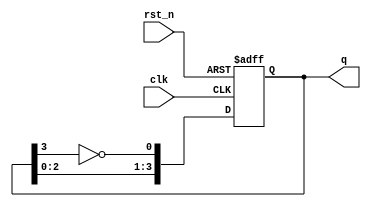
module johnson_counter (
    input wire clk,          // Clock input
    input wire rst_n,       // Asynchronous reset (active low)
    output reg [3:0] q      // 4-bit output for the counter
);

// Always block triggered on clock or reset
always @(posedge clk or negedge rst_n) begin
    if (!rst_n) begin
        // Asynchronous reset
        q <= 4'b0000; // Reset the counter to 0
    end else begin
        // Johnson counter logic
        q[0] <= ~q[3]; // Invert the last bit and assign to the first
        q[1] <= q[0];  // Shift the bits
        q[2] <= q[1];
        q[3] <= q[2];
    end
end

endmodule